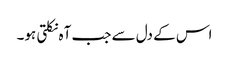
اس کے دل سے جب آہ نکلتی ہو۔